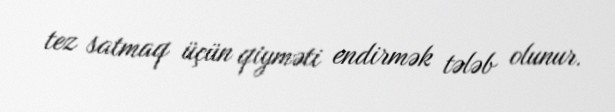
tez satmaq üçün qiyməti endirmək tələb olunur.